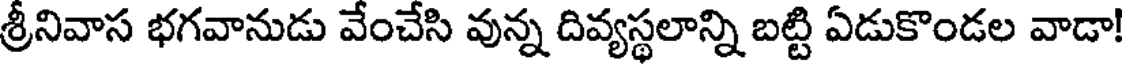
శ్రీనివాస భగవానుడు వేంచేసి వున్న దివ్యస్థలాన్ని బట్టి ఏడుకొండల వాడా